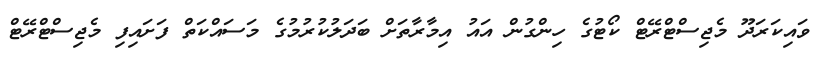
ވައިކަރަދޫ މެޖިސްޓްރޭޓް ކޯޓުގެ ހިންގުން އައު އިމާރާތަށް ބަދަލުކުރުމުގެ މަސައްކަތް ފަށައިފި މެޖިސްޓްރޭޓް